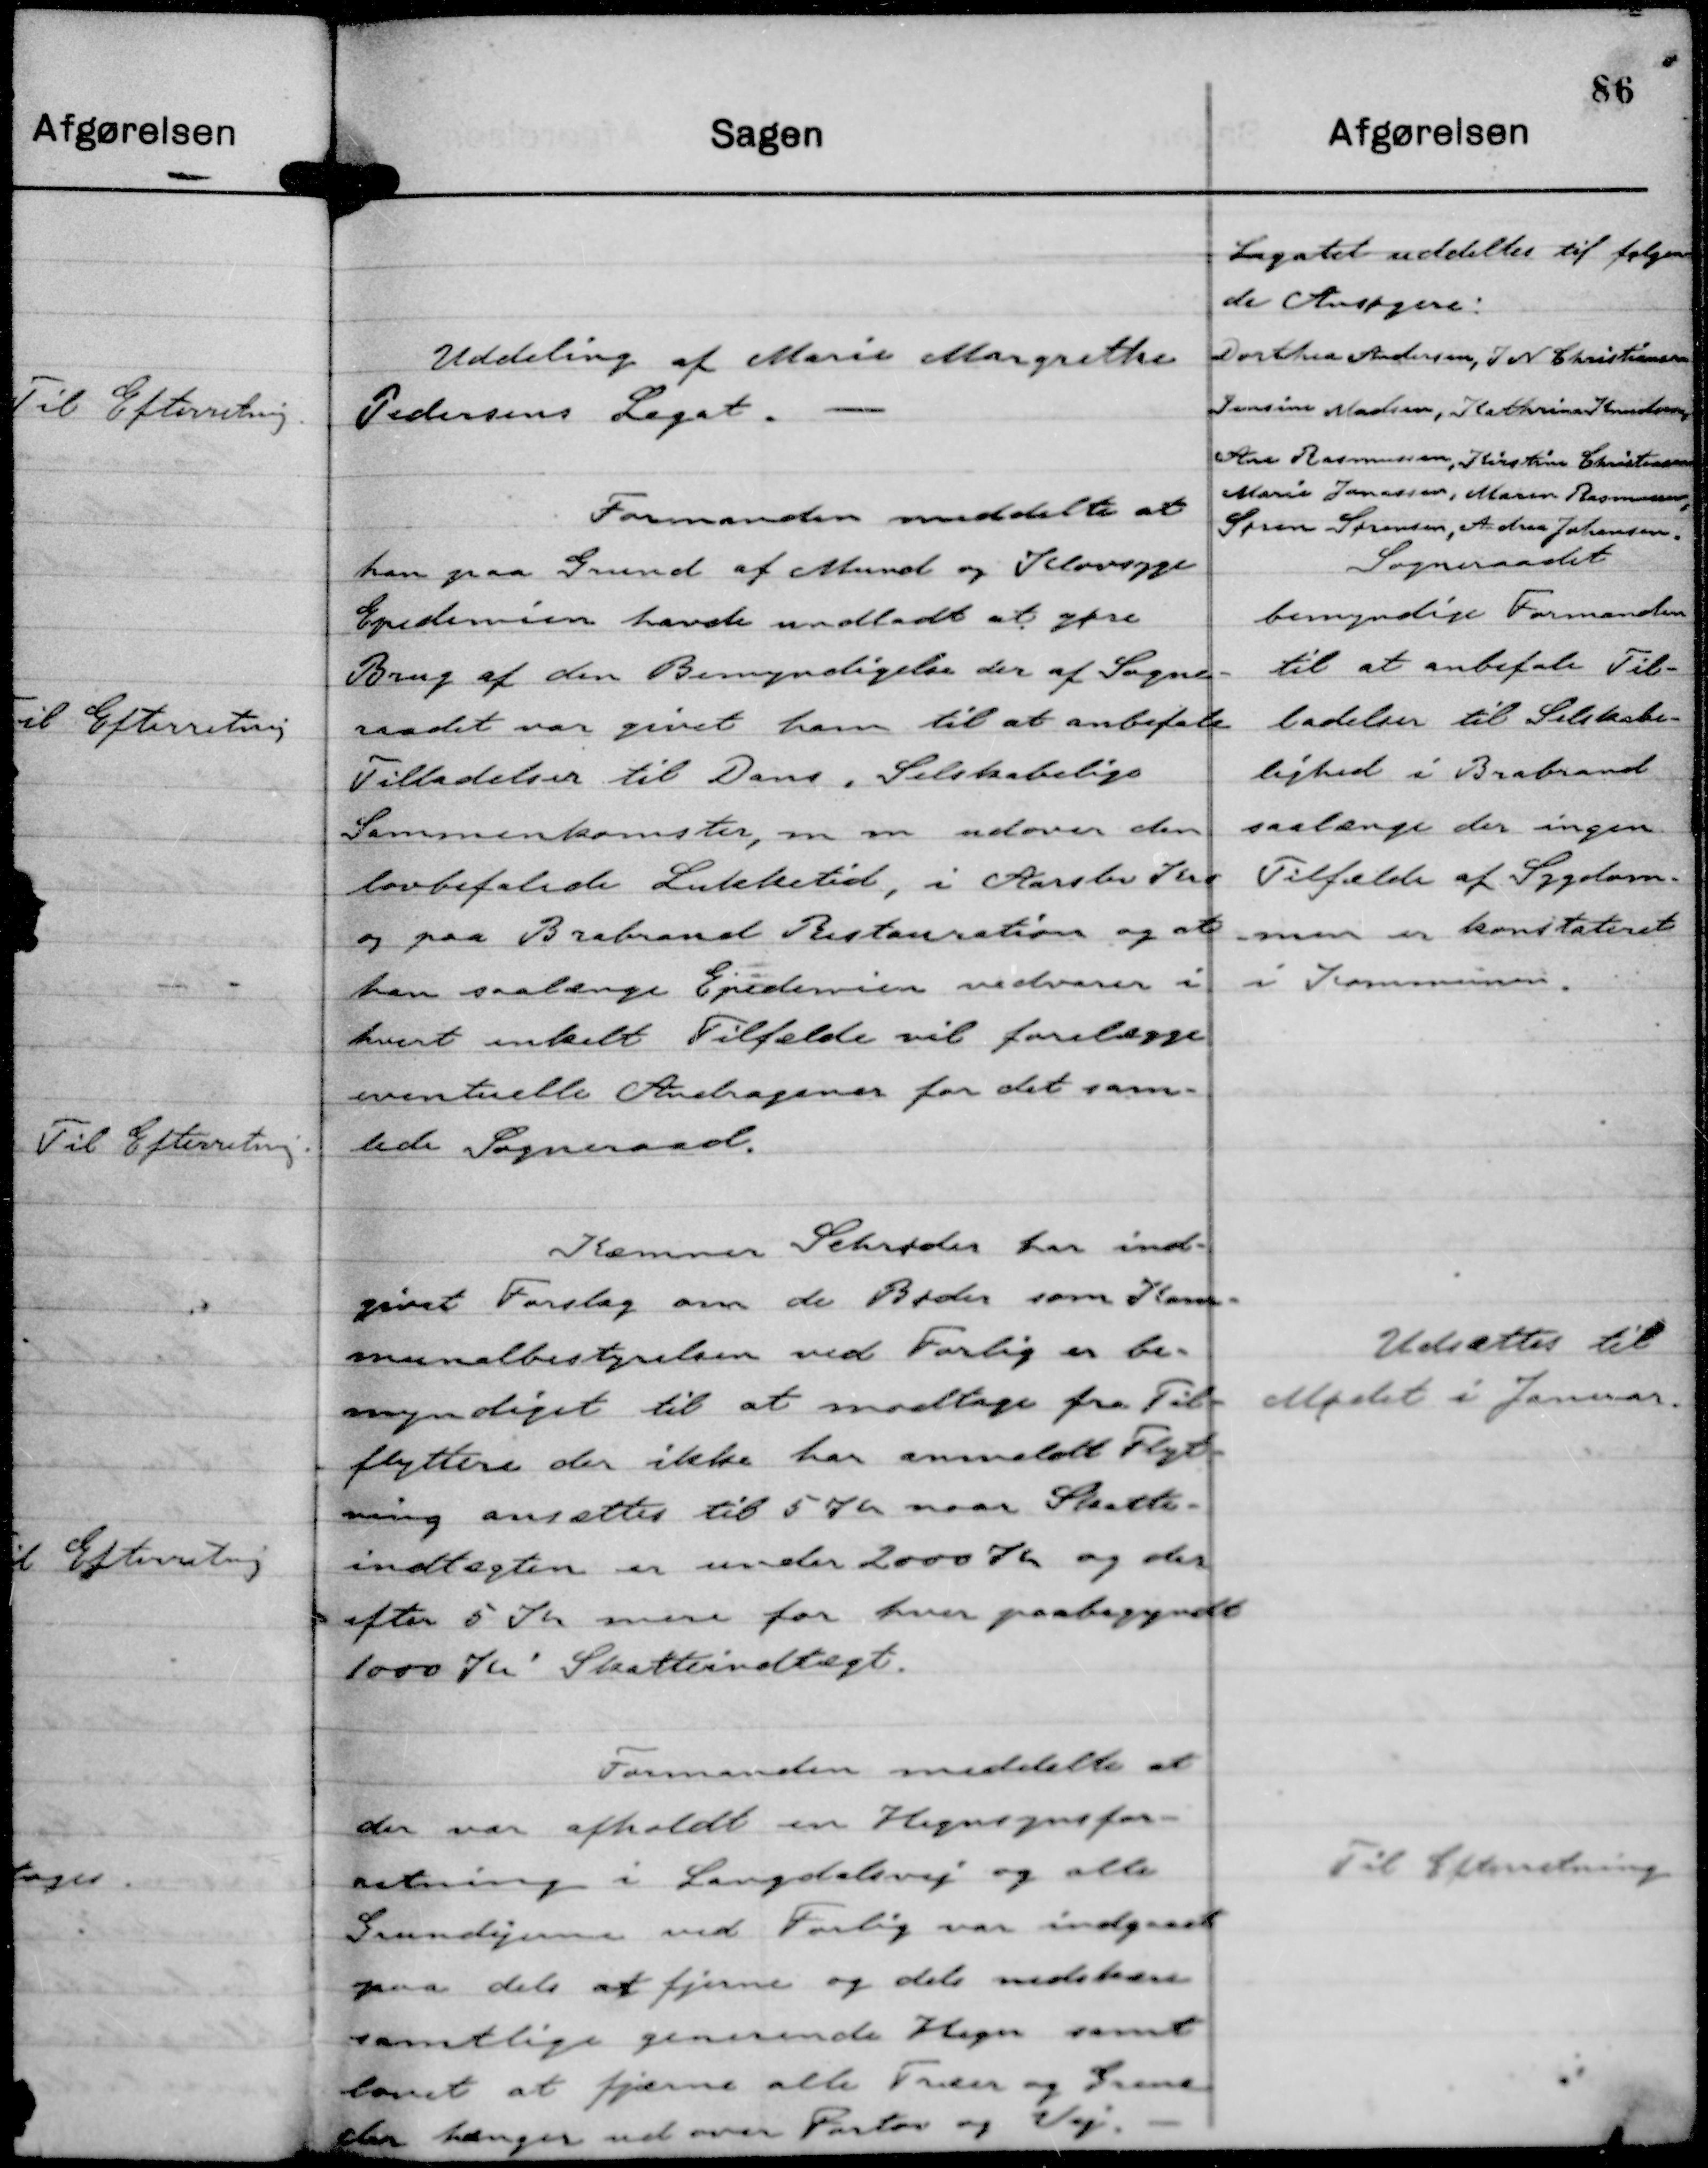
Transskription:
Uddeling af Marie Margrethe
Pedersens Leget.

Legatet uddeltes til følgen
de Ansøgere:
Dorthea Andersen, J N Christiansen
Jensine Madsen, Kathrine Knudsen,
Ane Rasmussen, Kirstine Christensen
Marie Jonassen, Maren Rasmussen,
Søren Sørensen, Andrea Johansen,

Formanden meddelte at
han paa Grund af Mund og Klovsyge
Epidemien havde undladt at gøre
Brug af den Bemyndigelse der af Sogne-
raadet var givet ham til at anbefale
Tilladelser til Dans, Selskabelige
Sammenkomster, m m udover den
lovbefalede Lukketid, i Aarslev Kro
og paa Brabrand Restauration og at
han saalænge Epidemien vedvarer i
hvert enkelt Tilfælde vil forelægge
eventuelle Andragener for det sam-
lede Sogneraad.

Sogneraadet
bemyndige Formanden
til at anbefale Til-
ladelser til Selskabe-
lighed i Brabrand
saalænge der ingen
Tilfælde af Sygdom-
men er konstateret
i Kommunen.

Kæmner Schrøder har ind-
givet Forslag om de Bøder som Kom-
munalbestyrelsen ved Forlig er be-
myndiget til at modtage fra Til-
flyttere der ikke har anmeldt Flyt-
ning ansættes til 5 Kr naar Skatte-
indtægten er under 2000 Kr og der
efter 5 Kr mere for hver paabegyndt
1000 Kr' Skatteindtægt.

Udsættes til
Mødet i Januar.

Formanden meddelte at
der var afholdt en Hegnsynsfor-
retning i Langdalsvej og alle
Grundejerne ved Forlig var indgaaet
paa dels at fjerne og dels nedskære
samtlige generende Hegn samt
lovet at fjerne alle Træer og Grene
der hænger ud over Fortov og Vej.

Til Efterretning